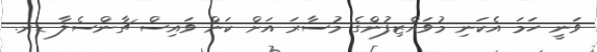
ވަނީ ހަމަ އެކަނި މުވައްޒިފުންގެ މުސާރަ އަށް ކަން ވައިސް ޗާންސެލާ ޑރ.